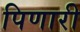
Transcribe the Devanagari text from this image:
पिणारी